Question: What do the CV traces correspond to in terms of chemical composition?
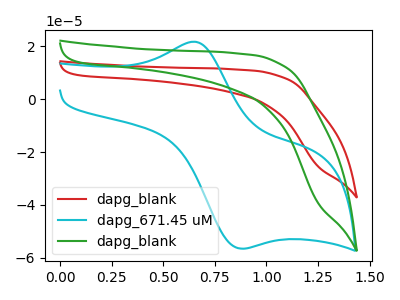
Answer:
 <answer>The red curve is labeled "dapg_blank". The cyan curve is labeled "dapg_671.45 uM". The green curve is labeled "dapg_blank".</answer>
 <eval></eval>